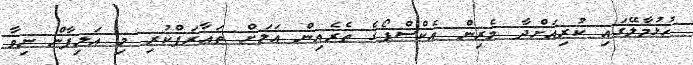
ހުޅުމާލޭގައި ކުރިއަށްދާ މެރިން އެކްސްޕޯގެ ތެރެއިން އަލަށް ތަޢާރަފްކުރި މި އަލިފާން ނިވާ